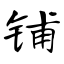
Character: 铺